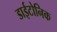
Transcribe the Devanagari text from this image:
डाईटोनिक